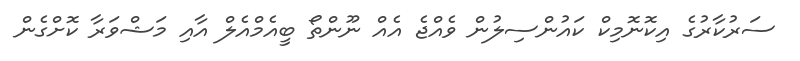
ސަރުކާރުގެ އިކޮނޮމިކް ކައުންސިލުން ވެއްޖެ އެއް ނޫންތޯ ބީއެމްއެލް އާއި މަޝްވަރާ ކޮށްގެން